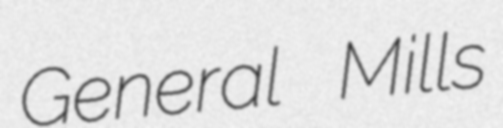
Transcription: General Mills